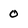
Character: 0